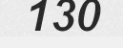
130